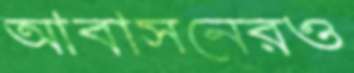
আবাসনেরও